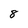
Character: 8